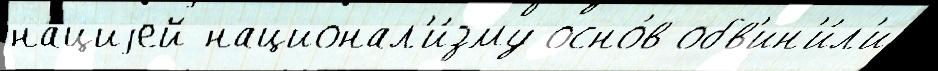
на́циjей национал'и́зму осно́в обв'ин'и́л'и